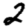
Digit: 2